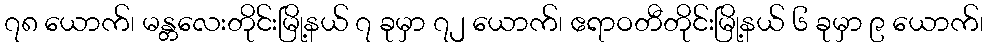
၇၈ ယောက်၊ မန္တလေးတိုင်းမြို့နယ် ၇ ခုမှာ ၇၂ ယောက်၊ ဧရာဝတီတိုင်းမြို့နယ် ၆ ခုမှာ ၉ ယောက်၊